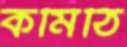
কমিঠি